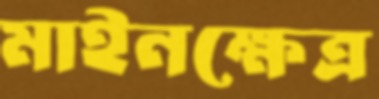
মাইনক্ষেত্র